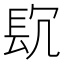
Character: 𨱤